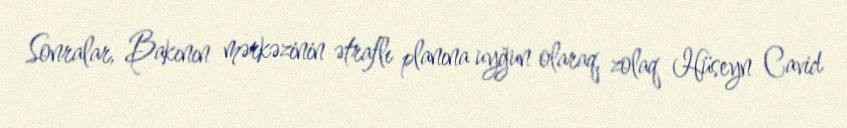
Sonralar, Bakının mərkəzinin ətraflı planına uyğun olaraq, zolaq Hüseyn Cavid